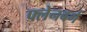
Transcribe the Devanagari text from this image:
फ्लेनबर्ग